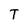
Character: T